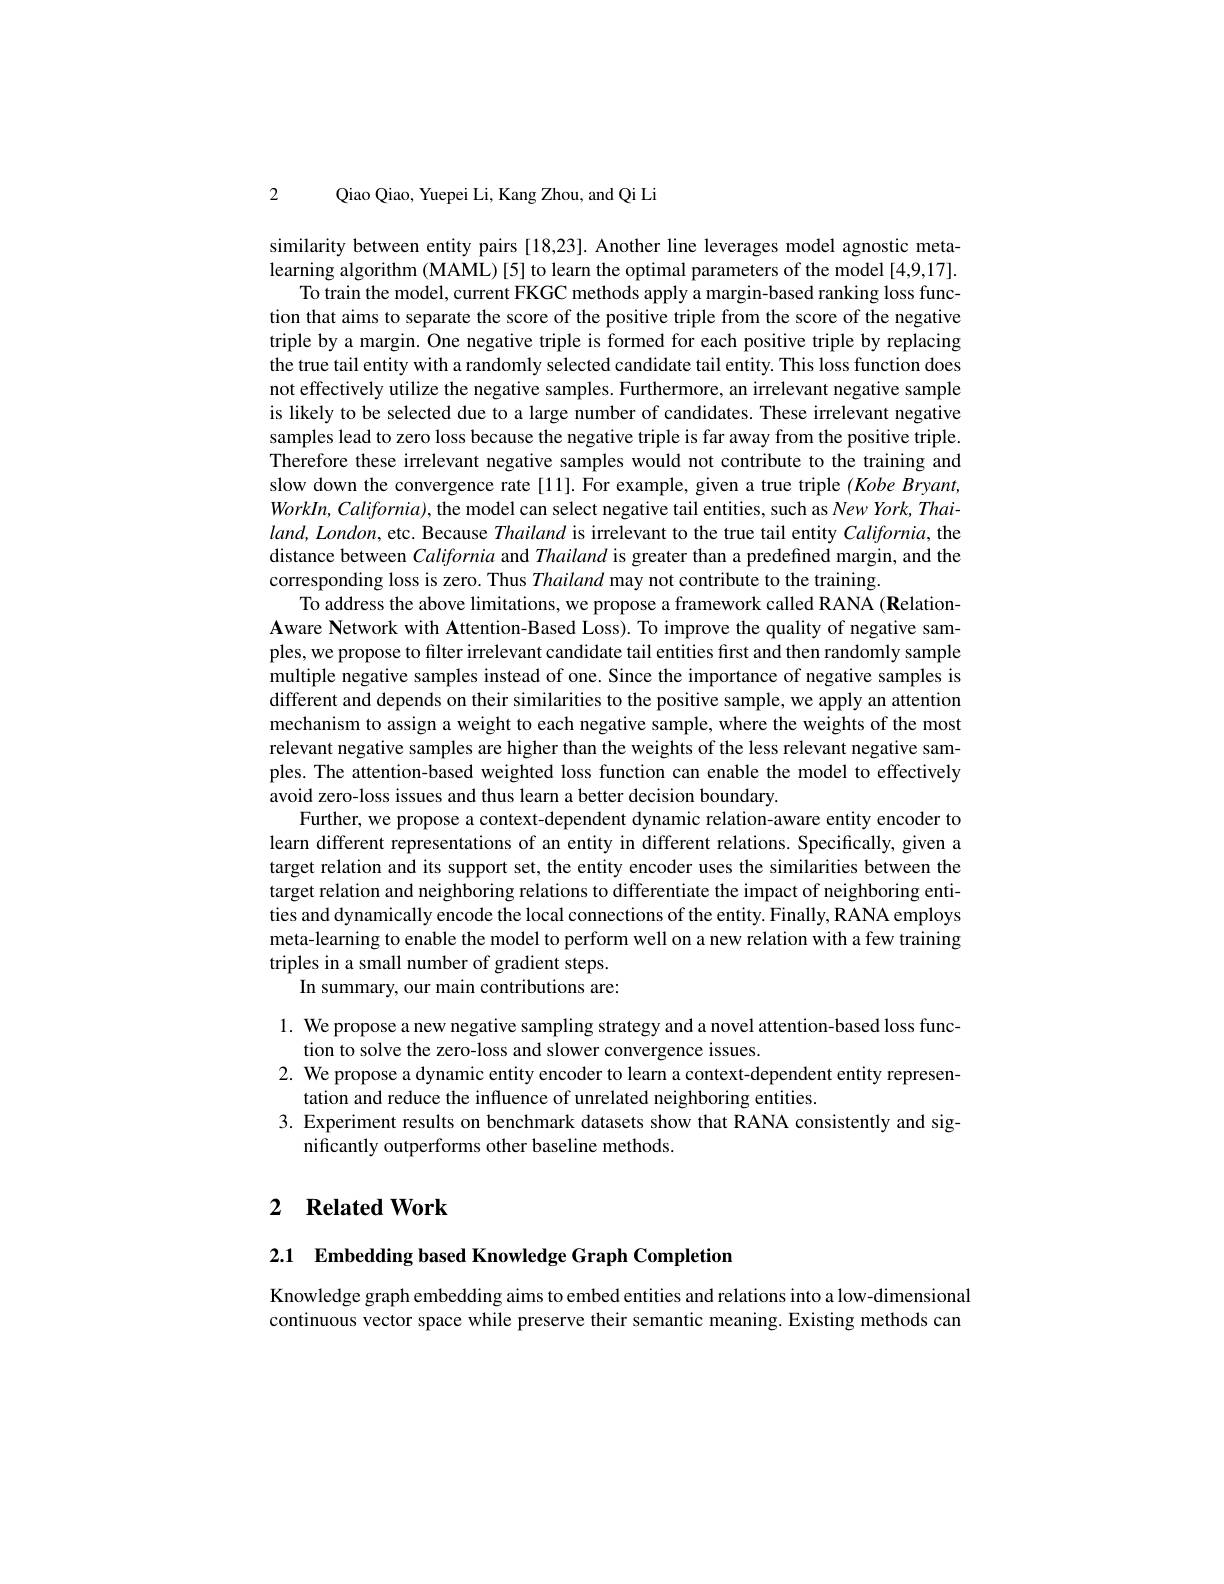
2 Qiao Qiao, Yuepei Li, Kang Zhou, and Qi Li

similarity between entity pairs [18,23]. Another line leverages model agnostic metalearning algorithm (MAML) [5] to learn the optimal parameters of the model [4,9,17].
To train the model, current FKGC methods apply a margin-based ranking loss function that aims to separate the score of the positive triple from the score of the negative triple by a margin. One negative triple is formed for each positive triple by replacing the true tail entity with a randomly selected candidate tail entity. This loss function does not effectively utilize the negative samples. Furthermore, an irrelevant negative sample is likely to be selected due to a large number of candidates. These irrelevant negative samples lead to zero loss because the negative triple is far away from the positive triple Therefore these irrelevant negative samples would not contribute to the training and slow down the convergence rate [11]. For example, given a true triple $( Kobe\textit{Bryant, })$ $WorkIn,California)$, the model can select negative tail entities, such as New York, Thai- $land,London$,etc. Because Thailand is irrelevant to the true tail entity California, the distance between California and Thailand is greater than a predefined margin, and the corresponding loss is zero. Thus Thailand may not contribute to the training.
To address the above limitations, we propose a framework called RANA (RelationAware Network with Attention-Based Loss). To improve the quality of negative samples, we propose to filter irrelevant candidate tail entities first and then randomly sample multiple negative samples instead of one. Since the importance of negative samples is different and depends on their similarities to the positive sample, we apply an attention mechanism to assign a weight to each negative sample, where the weights of the most relevant negative samples are higher than the weights of the less relevant negative samples. The attention-based weighted loss function can enable the model to effectively avoid zero-loss issues and thus learn a better decision boundary.
Further, we propose a context-dependent dynamic relation-aware entity encoder to learn different representations of an entity in different relations. Specifically, given a target relation and its support set, the entity encoder uses the similarities between the target relation and neighboring relations to differentiate the impact of neighboring entities and dynamically encode the local connections of the entity. Finally, RANA employs meta-learning to enable the model to perform well on a new relation with a few training triples in a small number of gradient steps.
In summary, our main contributions are:

1. We propose a new negative sampling strategy and a novel attention-based loss func-
tion to solve the zero-loss and slower convergence issues.
2. We propose a dynamic entity encoder to learn a context-dependent entity represen-
tation and reduce the influence of unrelated neighboring entities.
3. Experiment results on benchmark datasets show that RANA consistently and sig-
nificantly outperforms other baseline methods

# 2 Related Work

2.1 Embedding based Knowledge Graph Completion

Knowledge graph embedding aims to embed entities and relations into a low-dimensional continuous vector space while preserve their semantic meaning. Existing methods can